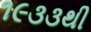
૧૯૩૩થી